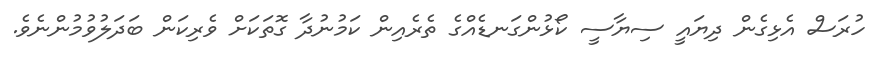
ހުރަސް އެޅިގެން ދިޔައީ ސިޔާސީ ކޯޅުންގަނޑެއްގެ ތެރެއިން ކަމުނުދާ ގޮތަކަށް ވެރިކަން ބަދަލުވުމުންނެވެ.